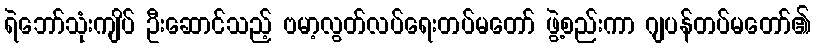
ရဲဘော်သုံးကျိပ် ဦးဆောင်သည့် ဗမာ့လွတ်လပ်ရေးတပ်မတော် ဖွဲ့စည်းကာ ဂျပန်တပ်မတော်၏